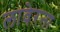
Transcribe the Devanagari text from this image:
लावेरना